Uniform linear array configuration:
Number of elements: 8
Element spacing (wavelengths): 0.25
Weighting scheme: uniform
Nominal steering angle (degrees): -15
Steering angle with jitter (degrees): -14.929
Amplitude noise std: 0.05
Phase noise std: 0.05

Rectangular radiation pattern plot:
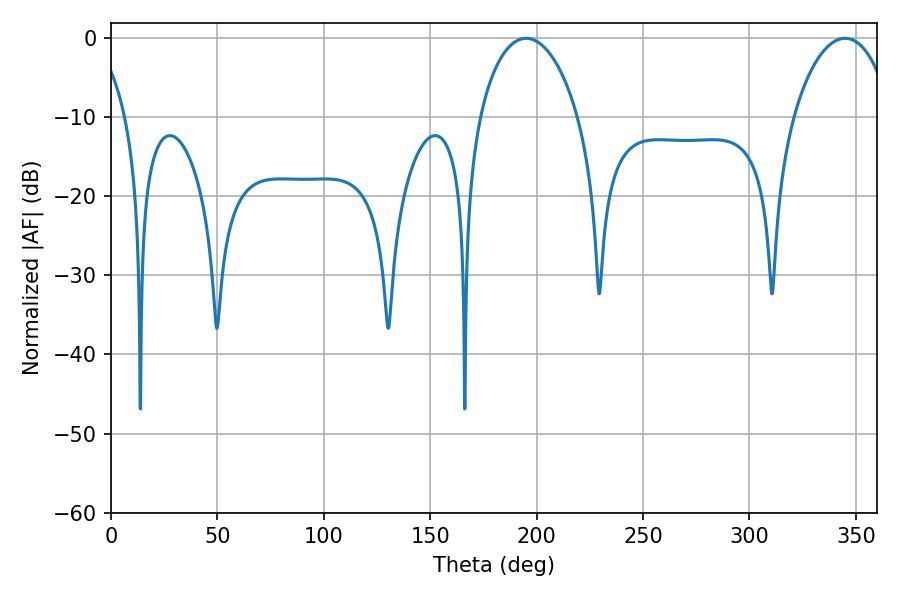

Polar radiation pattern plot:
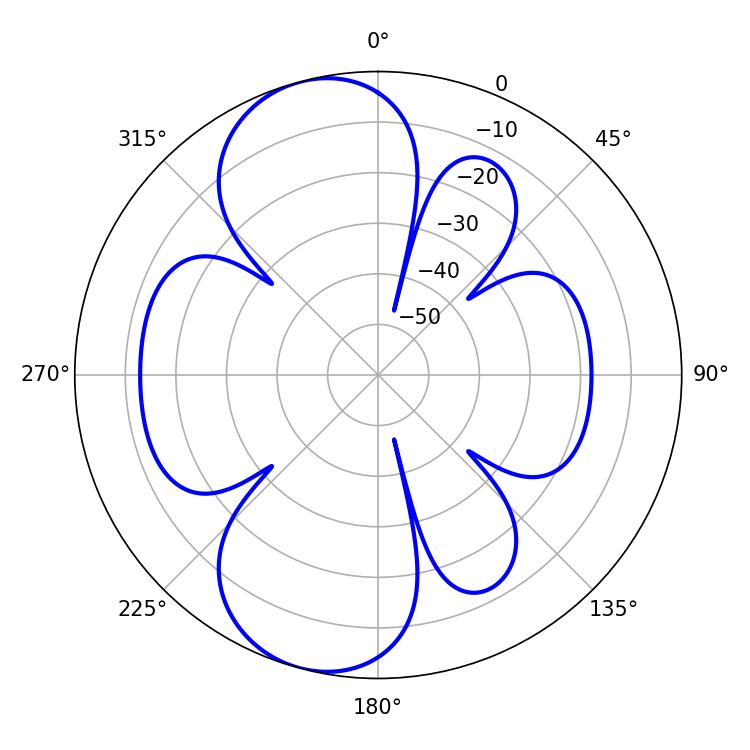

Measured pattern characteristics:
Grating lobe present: FALSE
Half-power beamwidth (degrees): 26.64
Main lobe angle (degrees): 195.12